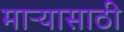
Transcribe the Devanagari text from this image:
माऱ्यासाठी